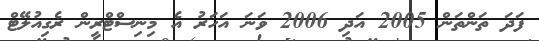
ފަދަ ތަންތަން 2005 އަދި 2006 ވަނަ އަހަރު އެ މިނިސްޓްރީން ރެގިއުލޭޓް